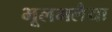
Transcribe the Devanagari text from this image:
भूलभलैया